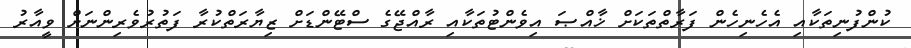
ކުންފުނިތަކާއި އެހެނިހެން ފަރާތްތަކަށް ޚާއްޞަ އިވެންޓުތަކާއި ރާއްޖޭގެ ސްޓޭންޑަށް ޒިޔާރަތްކުރާ ފަތުރުވެރިންނަށް ވީއާރު